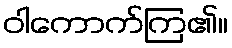
ဝါကောက်ကြ၏။